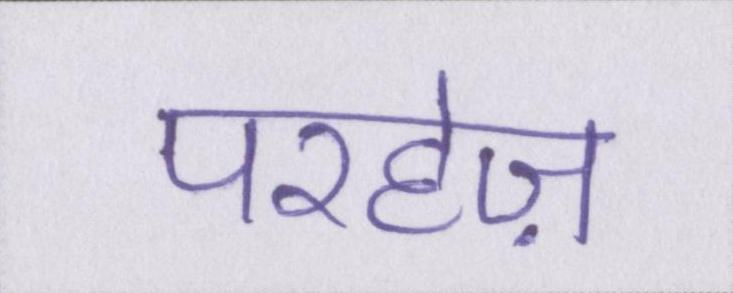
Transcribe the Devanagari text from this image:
परहेज़